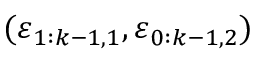
( \boldsymbol { \varepsilon } _ { 1 : k - 1 , 1 } , \boldsymbol { \varepsilon } _ { 0 : k - 1 , 2 } )